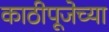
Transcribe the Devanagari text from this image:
काठीपूजेच्या